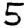
Digit: 5